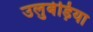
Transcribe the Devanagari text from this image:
उलुबेड़िया